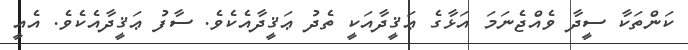
ކަންތަކާ ސީދާ ވެއްޖެނަމަ އަޅާގެ ޢަޤީދާއަކީ ތެދު ޢަޤީދާއެކެވެ. ސާފު ޢަޤީދާއެކެވެ. އެއީ